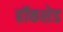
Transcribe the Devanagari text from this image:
हॉकशेड